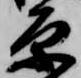
原